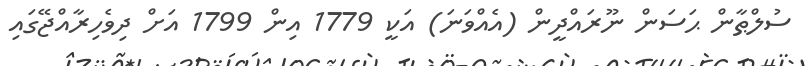
ސުލްޠާން ޙަސަން ނޫރައްދީން (އެއްވަނަ) އަކީ 1779 އިން 1799 އަށް ދިވެހިރާއްޖޭގައި